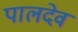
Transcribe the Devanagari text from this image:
पालदेव